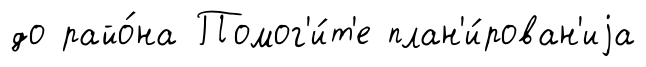
до райо́на Помог'и́т'е план'и́рован'иjа